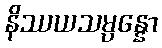
နိဿယသမ္ပန္နော